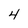
Character: 4